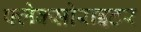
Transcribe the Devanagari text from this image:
फ्लेक्सोराइटर